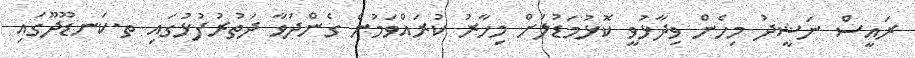
ރައީސް ނަޝީދު މިހެން ވިދާޅުވީ ކޮޅުމަޑުލަށް މިހާރު ކުރައްވަމުން ގެންދަވާ ދަތުރުފުޅުގައި ތ.ކަނޑޫދޫގައި